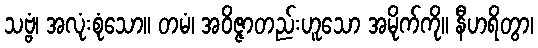
သဗ္ဗံ၊ အလုံးစုံသော။ တမံ၊ အဝိဇ္ဇာတည်းဟူသော အမိုက်ကို။ နီဟရိတွာ၊